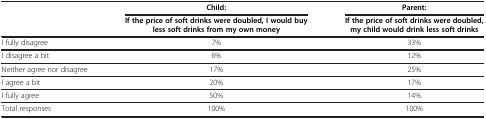
<table><thead><tr><td><b> </b></td><td><b>Child:</b></td><td><b>Parent:</b></td></tr><tr><td><b> </b></td><td><b>If the price of soft drinks were doubled, I would buy less soft drinks from my own money</b></td><td><b>If the price of soft drinks were doubled, my child would drink less soft drinks</b></td></tr></thead><tbody><tr><td>I fully disagree</td><td>7%</td><td>33%</td></tr><tr><td>I disagree a bit</td><td>6%</td><td>12%</td></tr><tr><td>Neither agree nor disagree</td><td>17%</td><td>25%</td></tr><tr><td>I agree a bit</td><td>20%</td><td>17%</td></tr><tr><td>I fully agree</td><td>50%</td><td>14%</td></tr><tr><td>Total responses</td><td>100%</td><td>100%</td></tr></tbody></table>